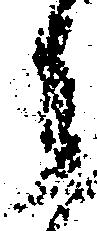
之